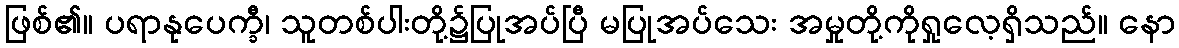
ဖြစ်၏။ ပရာနုပေက္ခီ၊ သူတစ်ပါးတို့၌ပြုအပ်ပြီ မပြုအပ်သေး အမှုတို့ကိုရှုလေ့ရှိသည်။ နော